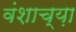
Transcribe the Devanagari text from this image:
वंशाच्य़ा